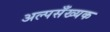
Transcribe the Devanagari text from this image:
अल्पसँख्यक